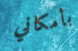
بأمكاني